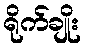
ရိုက်ချိုး